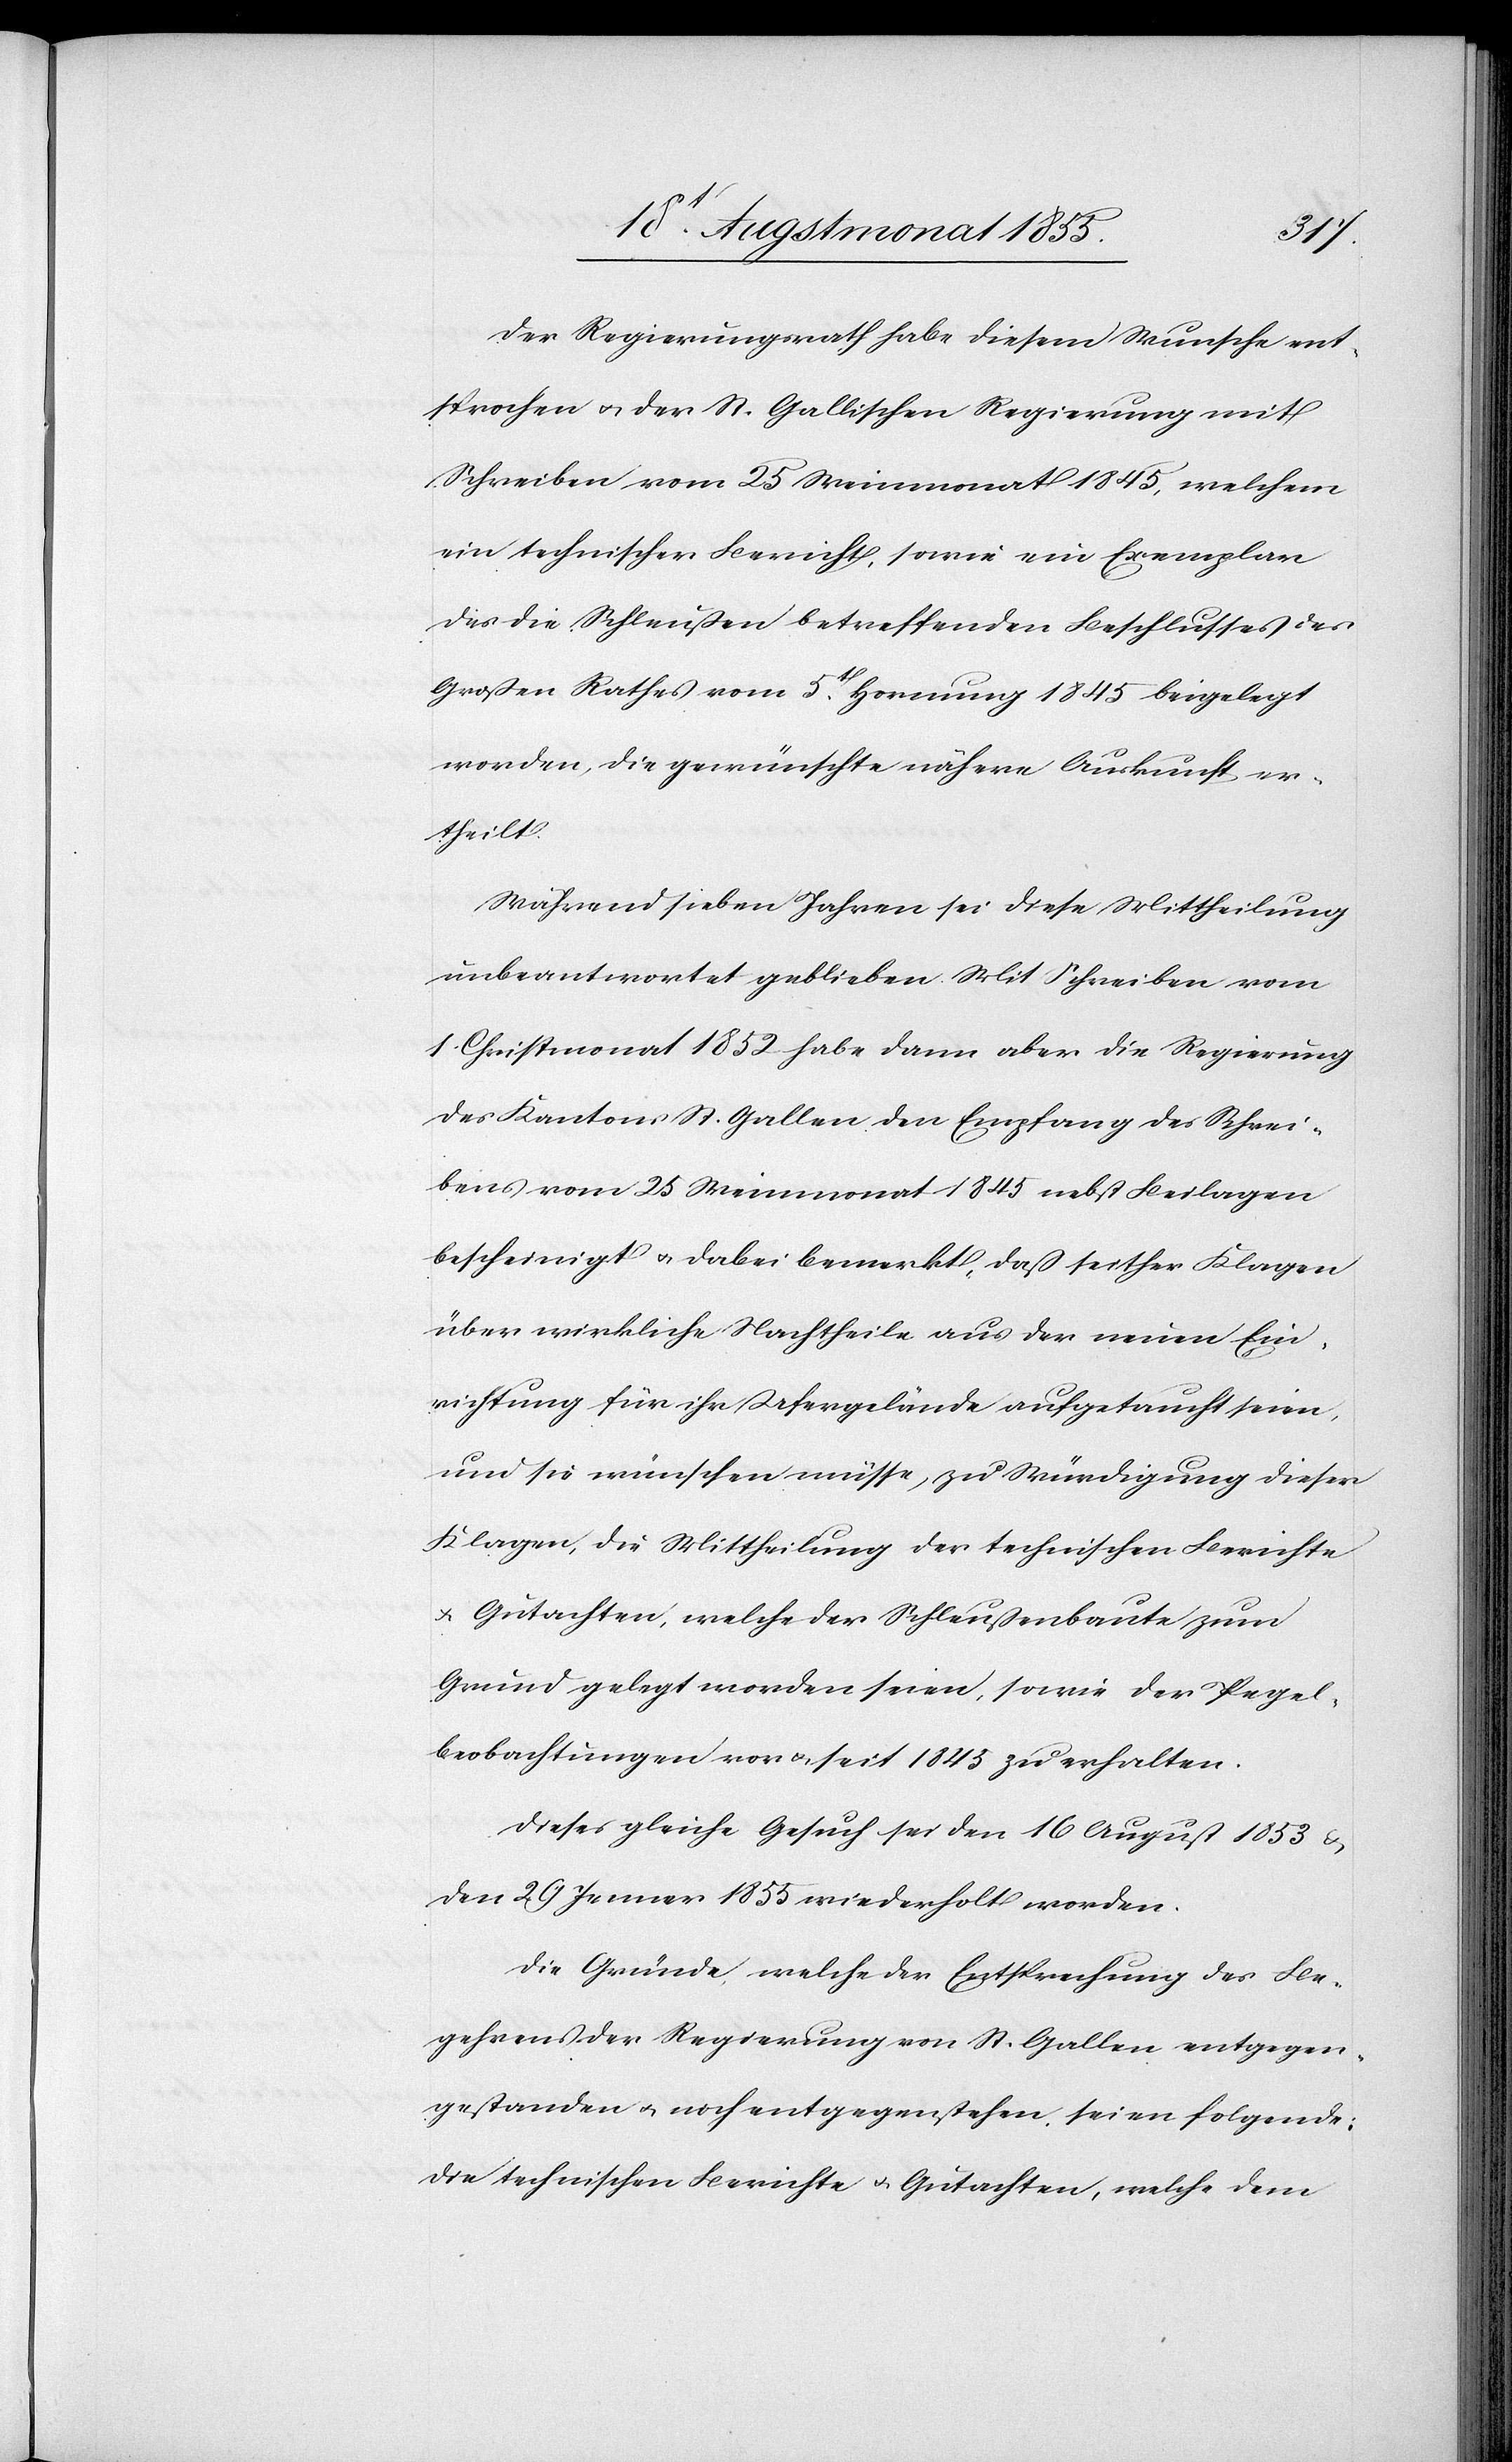
Der Regierungsrath habe diesem Wunsche ent¬
sprochen & der St. Gallischen Regierung mit
Schreiben vom 25 Weinmonat 1845, welchem
ein technischer Bericht, sowie ein Exemplar
des die Schleußen betreffenden Beschlusses des
Großen Rathes vom 5t. Hornung 1845 beigelegt
worden, die gewünschte nähere Auskunft er¬
theilt.
Während sieben Jahren sei diese Mittheilung
unbeantwortet geblieben. Mit Schreiben vom
1. Christmonat 1852 habe dann aber die Regierung
des Kantons St. Gallen den Empfang des Schrei¬
bens vom 25 Weinmonat 1845 nebst Beilagen
bescheinigt & dabei bemerkt, daß seither Klagen
über wirkliche Nachtheile aus der neuen Ein¬
richtung für ihr Ufergelände aufgetaucht seien,
und sie wünschen müsse, zu Würdigung dieser
Klagen, die Mittheilung der technischen Berichte
& Gutachten, welche der Schleußenbaute zum
Grund gelegt worden seien, sowie der Pegel¬
beobachtungen vor & seit 1845 zu erhalten.
Dieses gleiche Gesuch sei den 16 August 1853 &
den 29 Jenner 1855 wiederholt worden.
Die Gründe, welche der Entsprechung des Be¬
gehrens der Regierung von St. Gallen entgegen¬
gestanden & noch entgegenstehen, seien folgende:
Die technischen Berichte & Gutachten, welche dem